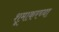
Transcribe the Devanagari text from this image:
शूमाकरच्या